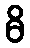
ဓိ